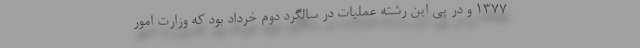
1377 و در پی این رشته عملیات در سالگرد دوم خرداد بود که وزارت امور